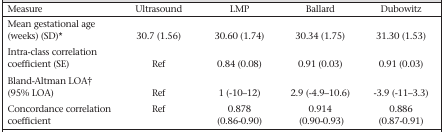
<table><thead><tr><td><b>Measure</b></td><td><b>Ultrasound</b></td><td><b>LMP</b></td><td><b>Ballard</b></td><td><b>Dubowitz</b></td></tr></thead><tbody><tr><td>Mean gestational age (weeks) (SD)∗</td><td>30.7 (1.56)</td><td>30.60 (1.74)</td><td>30.34 (1.75)</td><td>31.30 (1.53)</td></tr><tr><td>Intra-class correlation coefficient (SE)</td><td>Ref</td><td>0.84 (0.08)</td><td>0.91 (0.03)</td><td>0.91 (0.03)</td></tr><tr><td>Bland-Altman LOA† (95% LOA)</td><td>Ref</td><td>1 (-10–12)</td><td>2.9 (-4.9–10.6)</td><td>-3.9 (-11–3.3)</td></tr><tr><td>Concordance correlation</td><td>Ref</td><td>0.878</td><td>0.914</td><td>0.886</td></tr><tr><td>coefficient</td><td></td><td>(0.86-0.90)</td><td>(0.90-0.93)</td><td>(0.87-0.91)</td></tr></tbody></table>